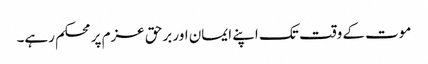
موت کے وقت تک اپنے ایمان اور برحق عزم پر محکم رہے۔